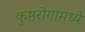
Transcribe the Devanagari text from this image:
कुष्ठरोगामध्ये